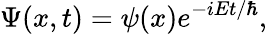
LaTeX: \Psi(x,t)=\psi(x)e^{-iEt/\hbar},